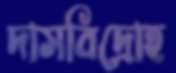
দাসবিদ্রোহ